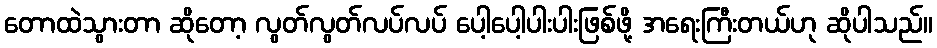
တောထဲသွားတာ ဆိုတော့ လွတ်လွတ်လပ်လပ် ပေါ့ပေါ့ပါးပါးဖြစ်ဖို့ အရေးကြီးတယ်ဟု ဆိုပါသည်။